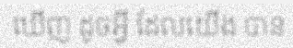
ឃើញ ដូចអ្វី ដែលយើង បាន